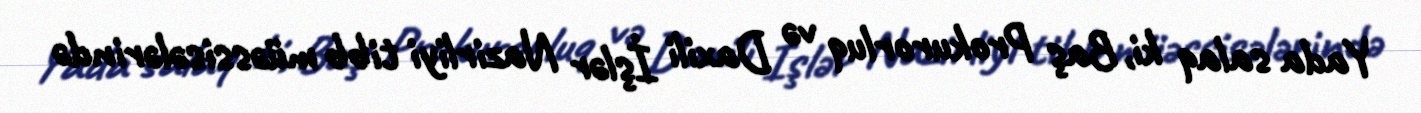
Yada salaq ki, Baş Prokurorluq və Daxili İşlər Nazirliyi tibb müəssisələrində